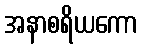
အနာစရိယကော